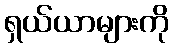
ရှယ်ယာများကို